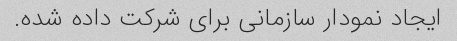
ایجاد نمودار سازمانی برای شرکت داده شده.